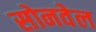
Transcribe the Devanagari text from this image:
सोनवेल